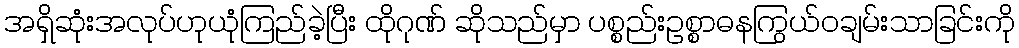
အရှိဆုံးအလုပ်ဟုယုံကြည်ခဲ့ပြီး ထိုဂုဏ် ဆိုသည်မှာ ပစ္စည်းဥစ္စာဓနကြွယ်ဝချမ်းသာခြင်းကို